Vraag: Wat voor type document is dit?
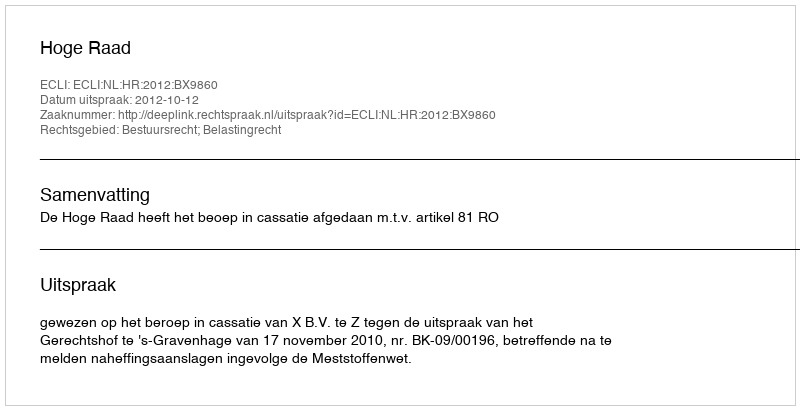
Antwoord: Uitspraak